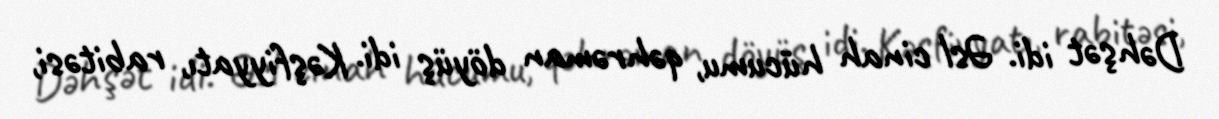
Dəhşət idi. Əsl cinah hücumu, qəhrəman döyüş idi. Kəşfiyyatı, rabitəsi,